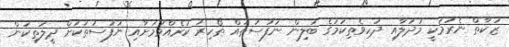
ޒަކާތް ނެރުމަކީ މުދަލާއި ދަހިވެތިކަމުގެ ބަލިން ނަފުސުތައް ޠޯހިރު ކުރެއްވުމަށާއި ނަފުސުތަކަށް ދީލަތިކަން